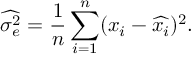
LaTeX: { \widehat { \sigma _ { e } ^ { 2 } } } = { \frac { 1 } { n } } \sum _ { i = 1 } ^ { n } ( x _ { i } - { \widehat { x _ { i } } } ) ^ { 2 } .